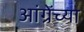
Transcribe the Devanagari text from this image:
आंग्रेंच्या